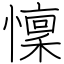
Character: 懍